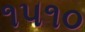
૧૫૧૦